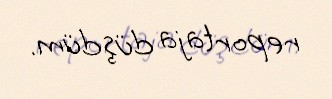
reportaja düşdüm.